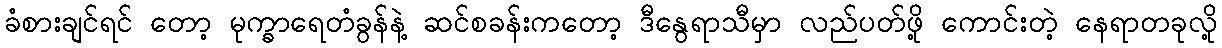
ခံစားချင်ရင် တော့ မုက္ခာရေတံခွန်နဲ့ ဆင်စခန်းကတော့ ဒီနွေရာသီမှာ လည်ပတ်ဖို့ ကောင်းတဲ့ နေရာတခုလို့